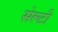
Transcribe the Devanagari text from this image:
सेल्टी